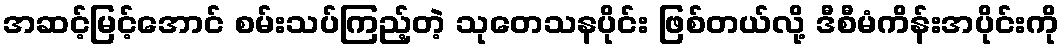
အဆင့်မြင့်အောင် စမ်းသပ်ကြည့်တဲ့ သုတေသနပိုင်း ဖြစ်တယ်လို့ ဒီစီမံကိန်းအပိုင်းကို